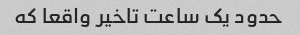
حدود یک ساعت تاخیر واقعا که